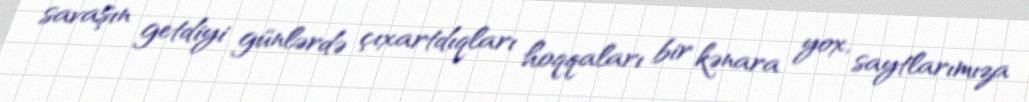
savaşın getdiyi günlərdə çıxartdıqları hoqqaları bir kənara yox, saytlarımıza